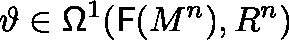
\vartheta \in \mathsf { \Omega } ^ { 1 } ( { \mathsf { F } } ( M ^ { n } ) , \mathbb { R } ^ { n } )